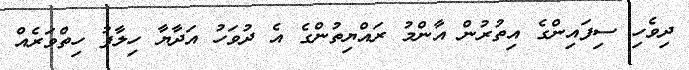
ދިވެހި ސިފައިންގެ އިތުރުން އާންމު ރައްޔިތުންގެ އެ ދުވަހު އަދާޔާ ހިލާފު ހިތްވަރެއް